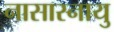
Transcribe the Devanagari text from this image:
नासास्नायु